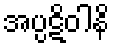
အပ္ပဋိဝါနိ